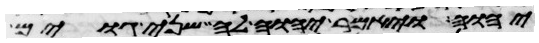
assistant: יהוה ויאמר יהוה לה שני גוים